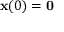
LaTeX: \mathbf { x } ( 0 ) = \mathbf { 0 }